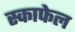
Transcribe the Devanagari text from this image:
स्काफेल